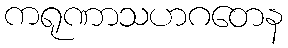
ကရုဏာသဟဂတေန